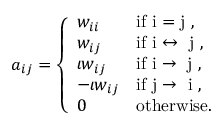
a _ { i j } = \left\{ \begin{array} { l l } { w _ { i i } } & { \mathrm { i f ~ i = j ~ } , } \\ { w _ { i j } } & { \mathrm { i f ~ i \leftrightarrow ~ j ~ } , } \\ { \iota w _ { i j } } & { \mathrm { i f ~ i \rightarrow ~ j ~ } , } \\ { - \iota w _ { i j } } & { \mathrm { i f ~ j \rightarrow ~ i ~ } , } \\ { 0 } & { \mathrm { o t h e r w i s e } . } \end{array} \right.